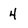
Character: 4